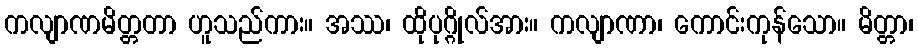
ကလျာဏမိတ္တတာ ဟူသည်ကား။ အဿ၊ ထိုပုဂ္ဂိုလ်အား။ ကလျာဏာ၊ ကောင်းကုန်သော။ မိတ္တာ၊